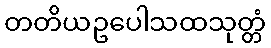
တတိယဥပေါသထသုတ္တံ